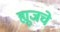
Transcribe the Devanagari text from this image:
ह्यूजचे